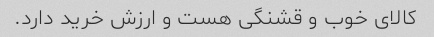
کالای خوب و قشنگی هست و ارزش خرید دارد.